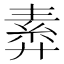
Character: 𢍣